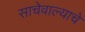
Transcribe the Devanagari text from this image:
साचेवाल्याचे